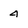
Character: 4